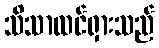
သိသာထင်ရှားသည်